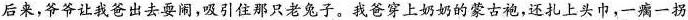
后来，爷爷让我爸出去耍闹，吸引住那只老兔子。我爸穿上奶奶的蒙古袍，还扎上头巾，一瘸一拐